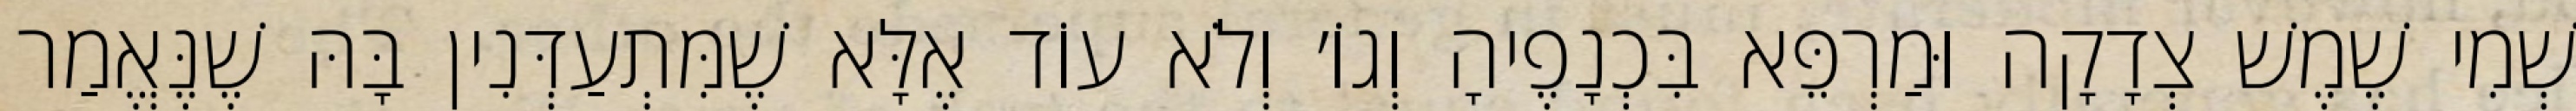
שְׁמִי שֶׁמֶשׁ צְדָקָה וּמַרְפֵּא בִּכְנָפֶיהָ וְגוֹ׳ וְלֹא עוֹד אֶלָּא שֶׁמִּתְעַדְּנִין בָּהּ שֶׁנֶּאֱמַר